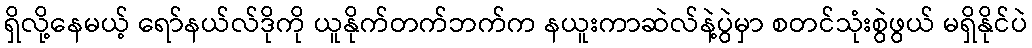
ရှိလို့နေမယ့် ရော်နယ်လ်ဒိုကို ယူနိုက်တက်ဘက်က နယူးကာဆဲလ်နဲ့ပွဲမှာ စတင်သုံးစွဲဖွယ် မရှိနိုင်ပဲ